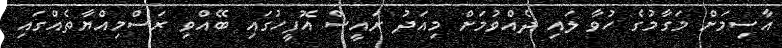
އާސިމަށް މަގާމުގެ ހުވާ ލައި ދެއްވުމަށް މިއަދު ރައީސް އޮފީހުގައި ބޭއްވި ރަސްމިއްޔާތެއްގައި